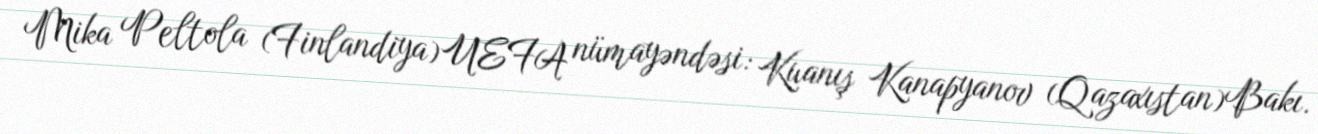
Mika Peltola (Finlandiya)UEFA nümayəndəsi: Kuanış Kanapyanov (Qazaxıstan)Bakı.